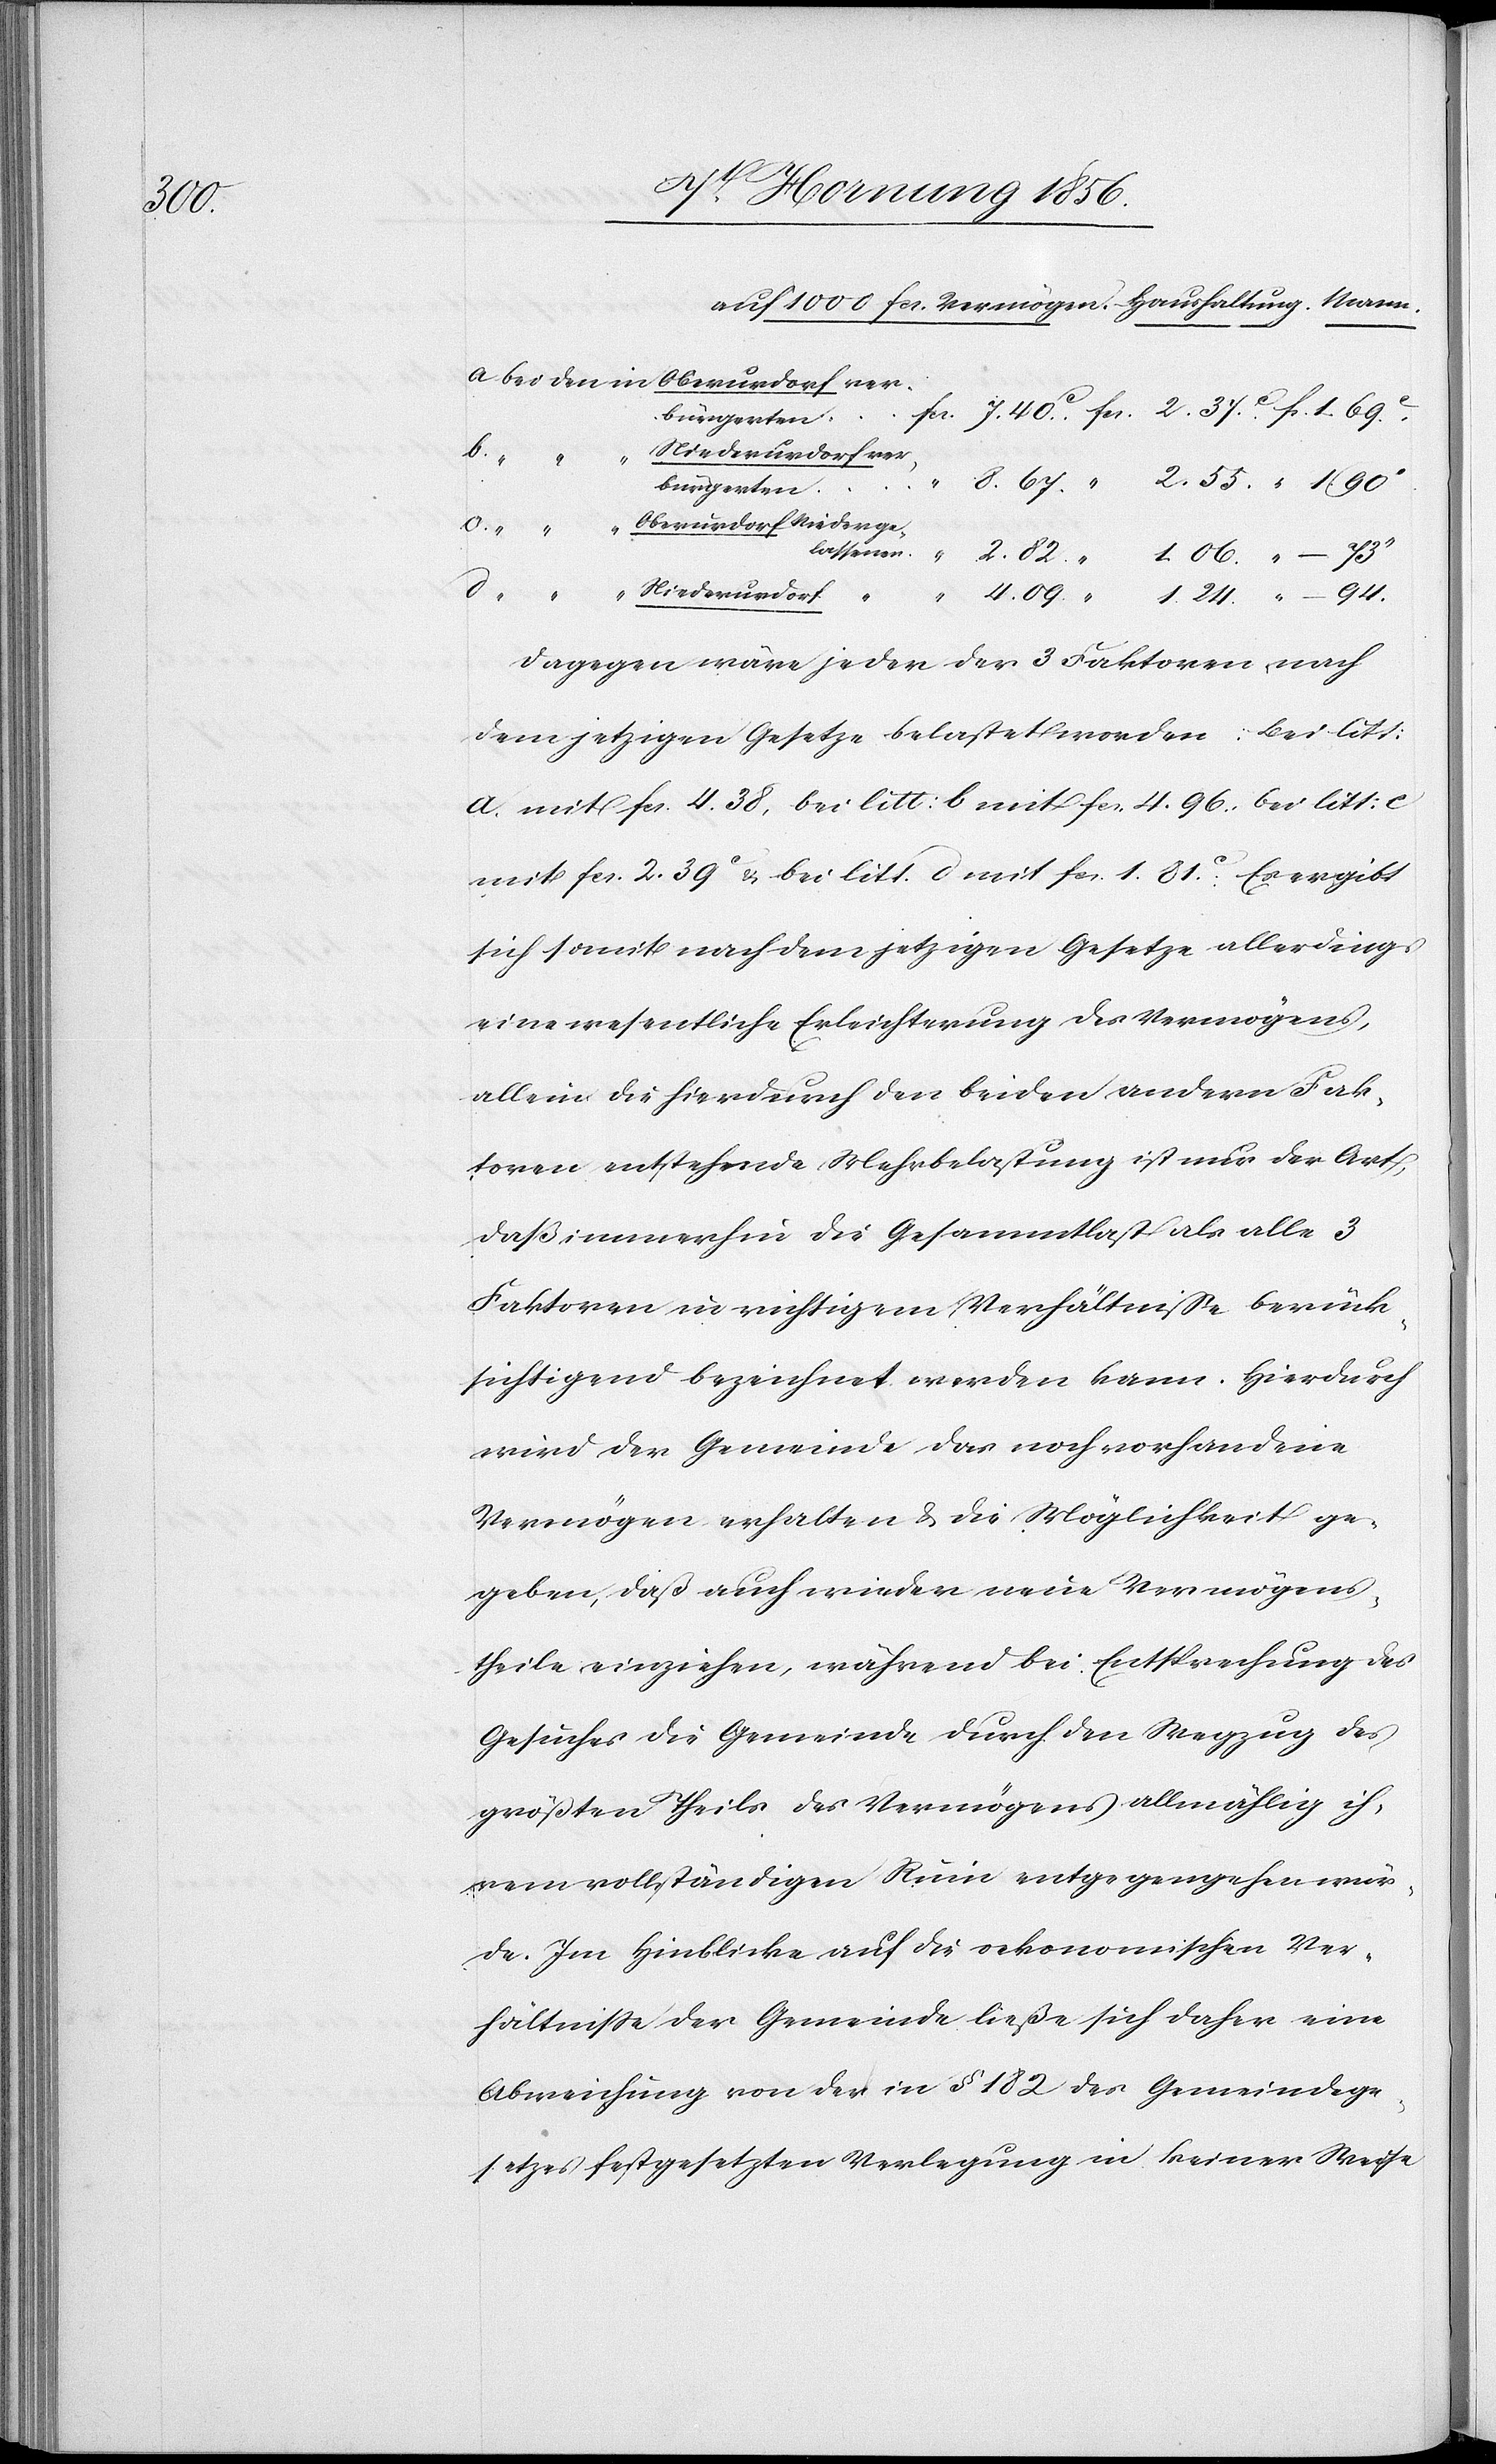
94.

Niederurdorf
1.
“
Dagegen wäre jeder der 3 Faktoren nach
dem jetzigen Gesetze belastet worden: bei litt:
a. mit fcs. 4. 38, bei litt: b mit fcs. 4. 96, bei litt: c
mit fcs. 2. 39c & bei litt. d mit fcs. 1. 81.c Es ergibt
sich somit nach dem jetzigen Gesetze allerdings
eine wesentliche Erleichterung des Vermögens,
allein die hierdurch den beiden andern Fak¬
toren entstehende Mehrbelastung ist nur der Art,
daß immerhin die Gesammtlast als alle 3
Faktoren in richtigem Verhältniße berück¬
sichtigend bezeichnet werden kann. Hierdurch
wird der Gemeinde das noch vorhandene
Vermögen erhalten & die Möglichkeit ge¬
geben, daß auch wieder neue Vermögens¬
theile einziehen, während bei Entsprechung des
Gesuches die Gemeinde durch den Wegzug des
größten Theils des Vermögens allmählig ih¬
rem vollständigen Ruin entgegengehen wür¬
de. Im Hinblicke auf die oekonomischen Ver¬
hältniße der Gemeinde ließe sich daher eine
Abweichung von der in § 182 des Gemeindege¬
setzes festgesetzten Verlegung in keiner Weise